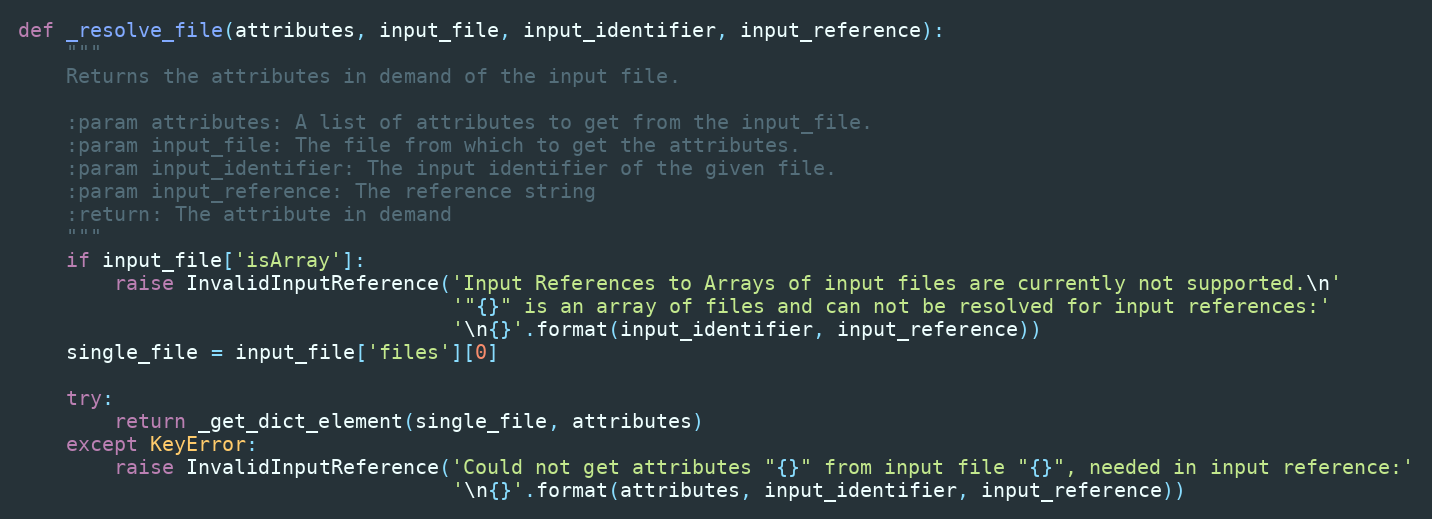
Language: Python
def _resolve_file(attributes, input_file, input_identifier, input_reference):
    """
    Returns the attributes in demand of the input file.

    :param attributes: A list of attributes to get from the input_file.
    :param input_file: The file from which to get the attributes.
    :param input_identifier: The input identifier of the given file.
    :param input_reference: The reference string
    :return: The attribute in demand
    """
    if input_file['isArray']:
        raise InvalidInputReference('Input References to Arrays of input files are currently not supported.\n'
                                    '"{}" is an array of files and can not be resolved for input references:'
                                    '\n{}'.format(input_identifier, input_reference))
    single_file = input_file['files'][0]

    try:
        return _get_dict_element(single_file, attributes)
    except KeyError:
        raise InvalidInputReference('Could not get attributes "{}" from input file "{}", needed in input reference:'
                                    '\n{}'.format(attributes, input_identifier, input_reference))